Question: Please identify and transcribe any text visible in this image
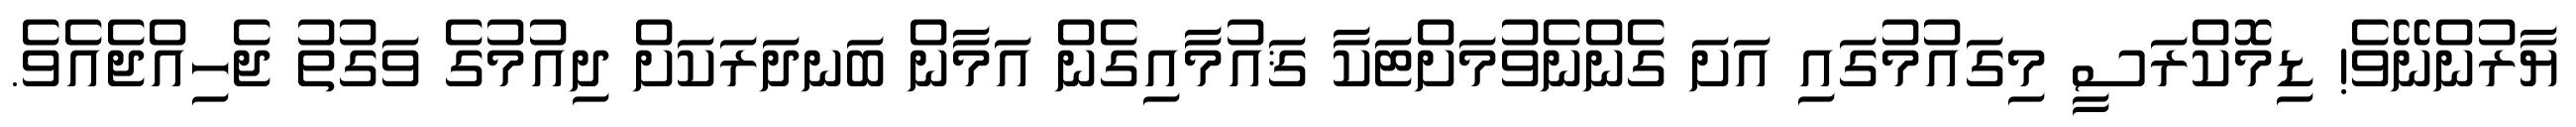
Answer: ޔާރުންނޭވެ! ޑިމޮކްރަސީ މިގައުމުގައި އަށަ ގެންނެވުމަށްޓަކާ ޤައުމާއިގެން އަމާން ބަނދަރަކަށް ދިއުމުގެ ވަގުތު ޖެހިއްޖެއެވެ.